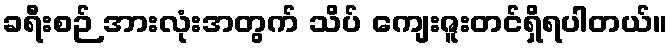
ခရီးစဉ် အားလုံးအတွက် သိပ် ကျေးဇူးတင်ရှိရပါတယ်။